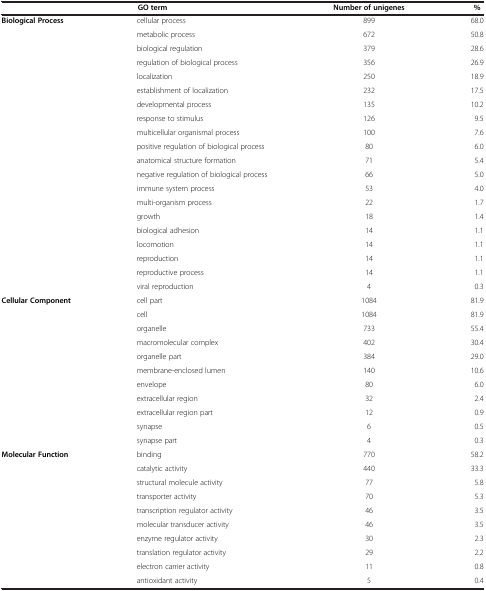
<table><thead><tr><td>[EMPTY_CELL]</td><td><b>GO term</b></td><td><b>Number of unigenes</b></td><td><b>%</b></td></tr></thead><tbody><tr><td><b>Biological Process</b></td><td>cellular process</td><td>899</td><td>68.0</td></tr><tr><td>[EMPTY_CELL]</td><td>metabolic process</td><td>672</td><td>50.8</td></tr><tr><td>[EMPTY_CELL]</td><td>biological regulation</td><td>379</td><td>28.6</td></tr><tr><td>[EMPTY_CELL]</td><td>regulation of biological process</td><td>356</td><td>26.9</td></tr><tr><td>[EMPTY_CELL]</td><td>localization</td><td>250</td><td>18.9</td></tr><tr><td>[EMPTY_CELL]</td><td>establishment of localization</td><td>232</td><td>17.5</td></tr><tr><td>[EMPTY_CELL]</td><td>developmental process</td><td>135</td><td>10.2</td></tr><tr><td>[EMPTY_CELL]</td><td>response to stimulus</td><td>126</td><td>9.5</td></tr><tr><td>[EMPTY_CELL]</td><td>multicellular organismal process</td><td>100</td><td>7.6</td></tr><tr><td>[EMPTY_CELL]</td><td>positive regulation of biological process</td><td>80</td><td>6.0</td></tr><tr><td>[EMPTY_CELL]</td><td>anatomical structure formation</td><td>71</td><td>5.4</td></tr><tr><td>[EMPTY_CELL]</td><td>negative regulation of biological process</td><td>66</td><td>5.0</td></tr><tr><td>[EMPTY_CELL]</td><td>immune system process</td><td>53</td><td>4.0</td></tr><tr><td>[EMPTY_CELL]</td><td>multi-organism process</td><td>22</td><td>1.7</td></tr><tr><td>[EMPTY_CELL]</td><td>growth</td><td>18</td><td>1.4</td></tr><tr><td>[EMPTY_CELL]</td><td>biological adhesion</td><td>14</td><td>1.1</td></tr><tr><td>[EMPTY_CELL]</td><td>locomotion</td><td>14</td><td>1.1</td></tr><tr><td>[EMPTY_CELL]</td><td>reproduction</td><td>14</td><td>1.1</td></tr><tr><td>[EMPTY_CELL]</td><td>reproductive process</td><td>14</td><td>1.1</td></tr><tr><td>[EMPTY_CELL]</td><td>viral reproduction</td><td>4</td><td>0.3</td></tr><tr><td><b>Cellular Component</b></td><td>cell part</td><td>1084</td><td>81.9</td></tr><tr><td>[EMPTY_CELL]</td><td>cell</td><td>1084</td><td>81.9</td></tr><tr><td>[EMPTY_CELL]</td><td>organelle</td><td>733</td><td>55.4</td></tr><tr><td>[EMPTY_CELL]</td><td>macromolecular complex</td><td>402</td><td>30.4</td></tr><tr><td>[EMPTY_CELL]</td><td>organelle part</td><td>384</td><td>29.0</td></tr><tr><td>[EMPTY_CELL]</td><td>membrane-enclosed lumen</td><td>140</td><td>10.6</td></tr><tr><td>[EMPTY_CELL]</td><td>envelope</td><td>80</td><td>6.0</td></tr><tr><td>[EMPTY_CELL]</td><td>extracellular region</td><td>32</td><td>2.4</td></tr><tr><td>[EMPTY_CELL]</td><td>extracellular region part</td><td>12</td><td>0.9</td></tr><tr><td>[EMPTY_CELL]</td><td>synapse</td><td>6</td><td>0.5</td></tr><tr><td>[EMPTY_CELL]</td><td>synapse part</td><td>4</td><td>0.3</td></tr><tr><td><b>Molecular Function</b></td><td>binding</td><td>770</td><td>58.2</td></tr><tr><td>[EMPTY_CELL]</td><td>catalytic activity</td><td>440</td><td>33.3</td></tr><tr><td>[EMPTY_CELL]</td><td>structural molecule activity</td><td>77</td><td>5.8</td></tr><tr><td>[EMPTY_CELL]</td><td>transporter activity</td><td>70</td><td>5.3</td></tr><tr><td>[EMPTY_CELL]</td><td>transcription regulator activity</td><td>46</td><td>3.5</td></tr><tr><td>[EMPTY_CELL]</td><td>molecular transducer activity</td><td>46</td><td>3.5</td></tr><tr><td>[EMPTY_CELL]</td><td>enzyme regulator activity</td><td>30</td><td>2.3</td></tr><tr><td>[EMPTY_CELL]</td><td>translation regulator activity</td><td>29</td><td>2.2</td></tr><tr><td>[EMPTY_CELL]</td><td>electron carrier activity</td><td>11</td><td>0.8</td></tr><tr><td>[EMPTY_CELL]</td><td>antioxidant activity</td><td>5</td><td>0.4</td></tr></tbody></table>